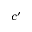
c ^ { \prime }